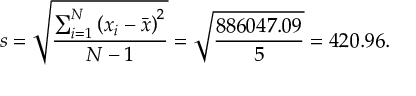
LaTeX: s = { \sqrt { \frac { \sum _ { i = 1 } ^ { N } \left( x _ { i } - { \bar { x } } \right) ^ { 2 } } { N - 1 } } } = { \sqrt { \frac { 8 8 6 0 4 7 . 0 9 } { 5 } } } = 4 2 0 . 9 6 .